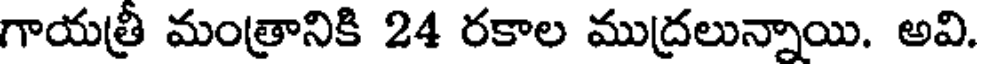
గాయత్రీ మంత్రానికి 24 రకాల ముద్రలున్నాయి. అవి.